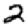
Digit: 2